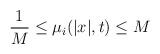
LaTeX: \begin{align*} \frac{1}{M} \le \mu_i(|x|,t) \le M \end{align*}